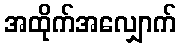
အထိုက်အလျှောက်